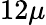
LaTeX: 12{\mu}